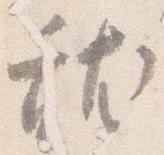
就